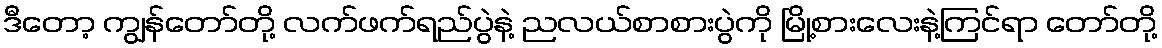
ဒီတော့ ကျွန်တော်တို့ လက်ဖက်ရည်ပွဲနဲ့ ညလယ်စာစားပွဲကို မြို့စားလေးနဲ့ကြင်ရာ တော်တို့